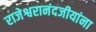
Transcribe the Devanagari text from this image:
राजेश्वरानंदजीयांना